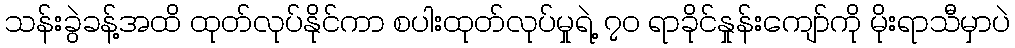
သန်းခွဲခန့်အထိ ထုတ်လုပ်နိုင်ကာ စပါးထုတ်လုပ်မှုရဲ့ ၇၀ ရာခိုင်နှုန်းကျော်ကို မိုးရာသီမှာပဲ